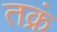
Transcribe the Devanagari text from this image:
तक्रं